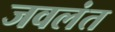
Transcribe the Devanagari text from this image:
जवलंत